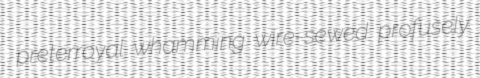
preterroyal whamming wire-sewed profusely